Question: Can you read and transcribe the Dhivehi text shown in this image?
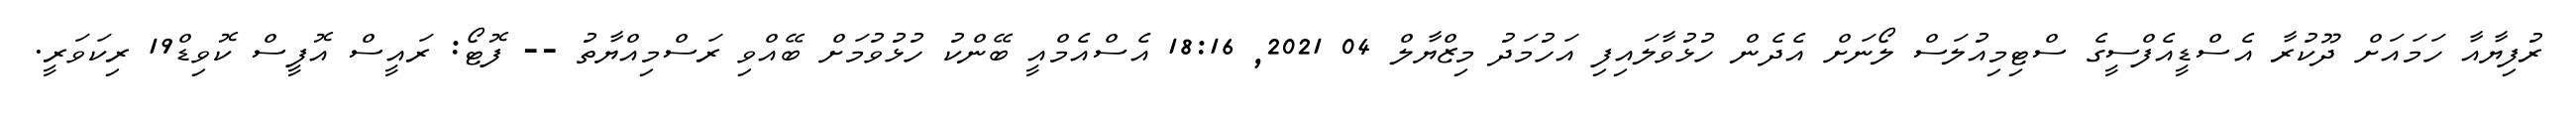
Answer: ރުފިޔާއާ ހަމައަށް ދޫކުރާ އެސްޑީއެފްސީގެ ސްޓިމިއުލަސް ލޯނަށް އެދެން ހުޅުވާލައިފި އަހުމަދު މިޒްޔާލް 04 2021, 18:16 އެސްއެމްއީ ބޭންކު ހުޅުވުމަށް ބޭއްވި ރަސްމިއްޔާތު -- ފޮޓޯ: ރައީސް އޮފީސް ކޮވިޑް19 ރިކަވަރީ.